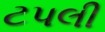
ટપલી